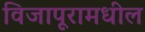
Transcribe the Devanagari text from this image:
विजापूरामधील